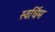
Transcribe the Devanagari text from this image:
स्वर्धिम